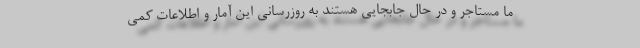
ما مستاجر و در حال جابجایی هستند به روزرسانی این آمار و اطلاعات کمی